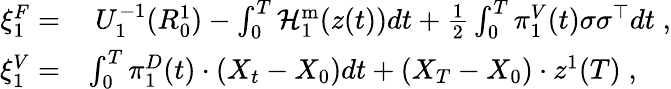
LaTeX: \begin{array}{rl}{\xi_{1}^{F}=}&{~U_{1}^{-1}(R_{0}^{1})-\int_{0}^{T}\mathcal{H}_{1}^{\mathrm{m}}(z(t))dt+\frac 12\int_{0}^{T}\pi_{1}^{V}(t)\sigma\sigma^{\top}dt\; ,}\\ {\xi_{1}^{V}=}&{\int_{0}^{T}\pi_{1}^{D}(t)\cdot(X_{t}-X_{0})dt+(X_{T}-X_{0})\cdot z^{1}(T)\; ,}\end{array}